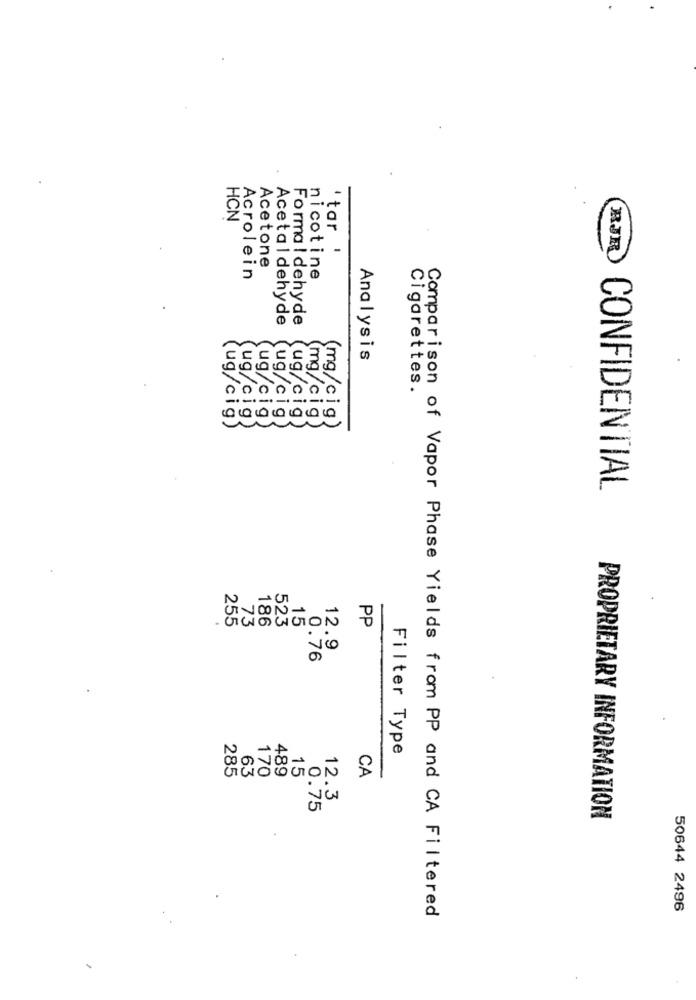
HCN
'tor !
RJR
Acetone
Acrolein
nicotine
Acetaldehyde
Forma ! dehyde
Analysis
10000
Cigarettes.
6666666
(ug/cig)
ug cig
ug/cig
ug/cig
ug/cig
(mg/cig
(mg/c ig)
CONFIDENTIAL
255
73
186
523
15
PP
0.7
12.9
Filter Type
63
170
489
CA
285
15
12.3
0.75
PROPRIETARY INFORMATION
50644 2496
Comparison of Vapor Phase Yields from PP and CA Filtered